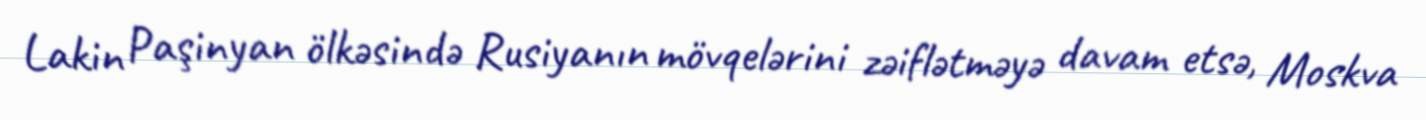
Lakin Paşinyan ölkəsində Rusiyanın mövqelərini zəiflətməyə davam etsə, Moskva